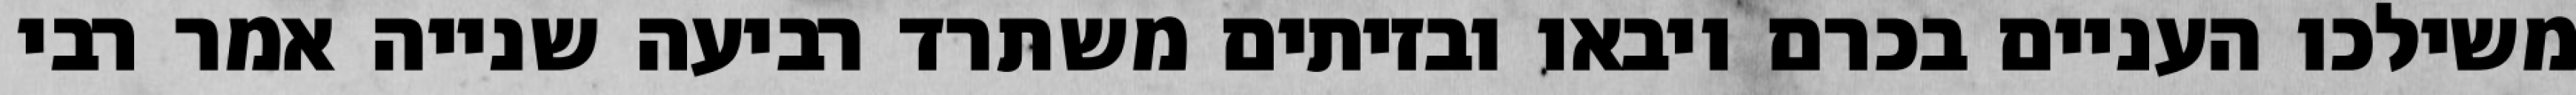
משילכו העניים בכרם ויבאו ובזיתים משתרד רביעה שנייה אמר רבי